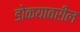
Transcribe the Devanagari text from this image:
डोकयावरील